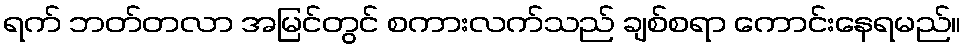
ရက် ဘတ်တလာ အမြင်တွင် စကားလက်သည် ချစ်စရာ ကောင်းနေရမည်။